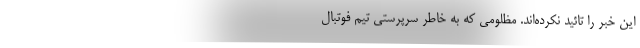
این خبر را تائید نکرده‌اند. مظلومی که به خاطر سرپرستی تیم فوتبال